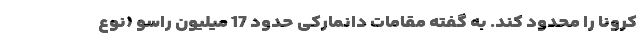
کرونا را محدود کند. به گفته مقامات دانمارکی حدود 17 میلیون راسو (نوع